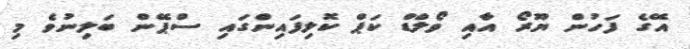
އޭގެ ފަހުން ޔޫރޯ އާއި ވޯލްޑް ކަޕް ކޮލިފައިންގައި ސްޕޭން ބަލިނުވެ މި